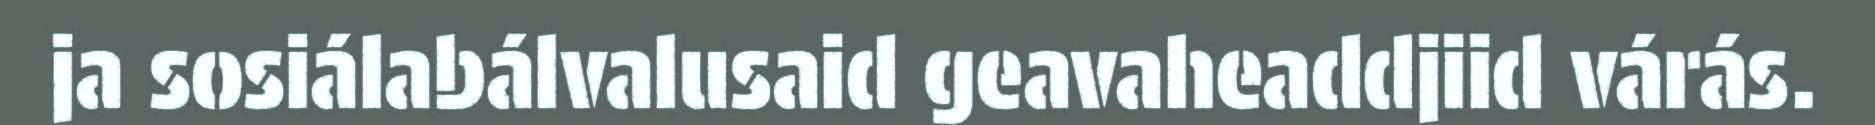
ja sosiálabálvalusaid geavaheaddjiid várás.